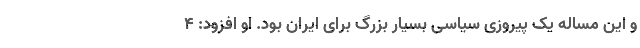
و این مساله یک پیروزی سیاسی بسیار بزرگ برای ایران بود. او افزود: 4